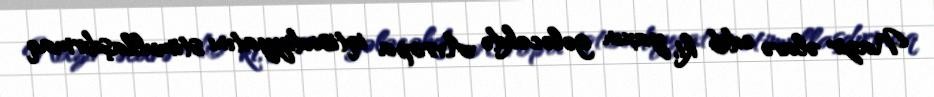
Nazir əlavə edib ki, yaxın gələcəkdə Avropa iqtisadiyyatını stimullaşdırmaq